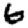
Digit: 6